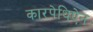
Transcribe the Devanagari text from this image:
कारपेथिऐन